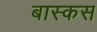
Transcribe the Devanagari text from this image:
बास्कस